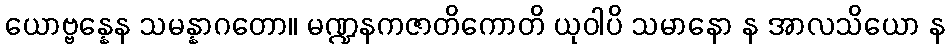
ယောဗ္ဗန္နေန သမန္နာဂတော။ မဏ္ဍနကဇာတိကောတိ ယုဝါပိ သမာနော န အာလသိယော န